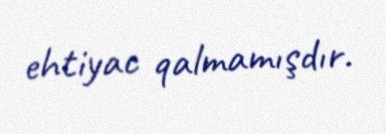
ehtiyac qalmamışdır.